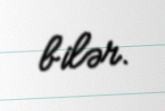
bilər.